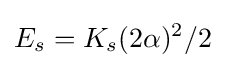
E_{s}=K_{s}(2\alpha )^{2}/2